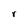
Character: r